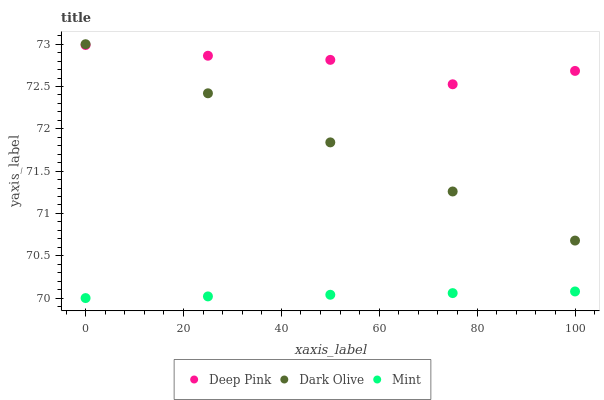
| xaxis_label | Deep Pink | Dark Olive | Mint |
 | --- | --- | --- | --- |
 | 0 | 73 | 73 | 70 |
 | 25 | 72.9 | 72.4 | 70 |
 | 50 | 72.8 | 71.8 | 70 |
 | 75 | 72.5 | 71.3 | 70.1 |
 | 100 | 72.7 | 70.7 | 70.1 |